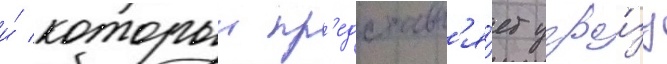
и́ которыи пр'едставл'я́ет угро́зу